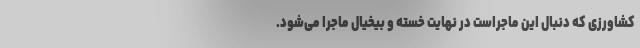
کشاورزی که دنبال این ماجراست در نهایت خسته و بیخیال ماجرا می‌شود.